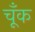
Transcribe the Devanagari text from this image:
चूँक